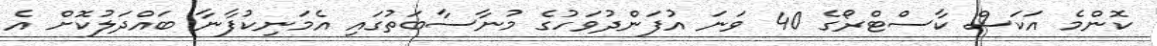
ކޮންމެ އަކަސް ކާސްޓްރޯގެ 40 ވަނަ އުފަންދުވަހުގެ މުނާސާބަތުގައި އެމަނިކުފާނާ ބައްދަލުކޮށް އެ